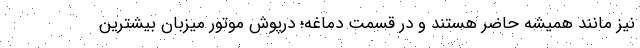
نیز مانند همیشه حاضر هستند و در قسمت دماغه؛ درپوش موتور میزبان بیشترین